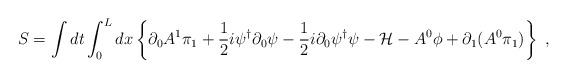
\begin{align*}S=\int dt\int_0^L dx\left\{\partial_0A^1\pi_1+\frac{1}{2}i\psi^\dagger\partial_0\psi-\frac{1}{2}i\partial_0\psi^\dagger\psi-{\cal H}-A^0\phi+\partial_1(A^0\pi_1)\right\}\ ,\end{align*}